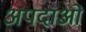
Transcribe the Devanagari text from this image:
अपदाओं